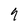
Character: 9